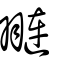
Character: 翴